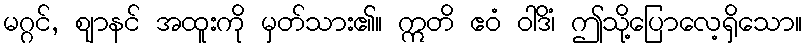
မဂ္ဂင်, ဈာနင် အထူးကို မှတ်သား၏။ ဣတိ ဧဝံ ဝါဒိံ၊ ဤသို့ပြောလေ့ရှိသော။